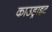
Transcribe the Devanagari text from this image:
काउड्राइट